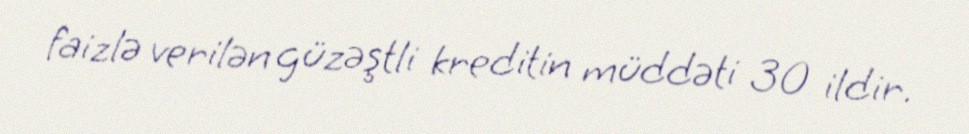
faizlə verilən güzəştli kreditin müddəti 30 ildir.